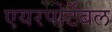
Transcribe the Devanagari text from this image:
एयरपोर्टेबल